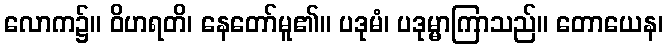
လောက၌။ ဝိဟရတိ၊ နေတော်မူ၏။ ပဒုမံ၊ ပဒုမ္မာကြာသည်။ တောယေန၊